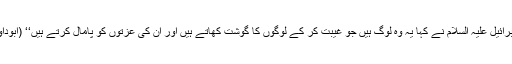
جبرائیل علیہ السلام نے کہا یہ وہ لوگ ہیں جو غیبت کر کے لوگوں کا گوشت کھاتے ہیں اور ان کی عزتوں کو پامال کرتے ہیں‘‘ (ابوداود۔